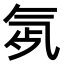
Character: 𣱞